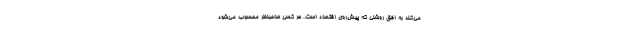
می‌کند به افق روشنی که پیش‌روی اقتصاد است. هر کسی صاحبنظر محسوب می‌شود